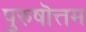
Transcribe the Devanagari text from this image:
पुरुषॊत्तम